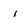
Character: i